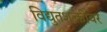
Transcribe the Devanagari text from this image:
विद्युतशक्तीवर